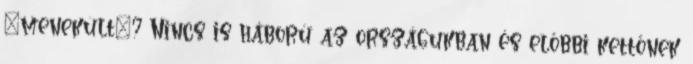
"menekült"? Nincs is háború az országukban és előbbi kettőnek